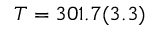
T = 3 0 1 . 7 ( 3 . 3 )